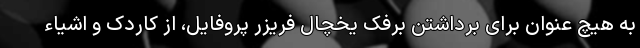
به هیچ عنوان برای برداشتن برفک یخچال فریزر پروفایل، از کاردک و اشیاء